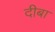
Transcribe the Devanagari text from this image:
दीबा